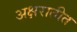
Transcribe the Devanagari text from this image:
अक्षरातीत